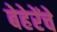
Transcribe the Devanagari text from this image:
बेहेरेंचे